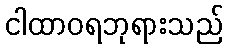
ငါထာဝရဘုရားသည်